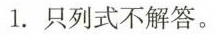
1.只列式不解答。